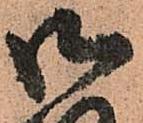
御